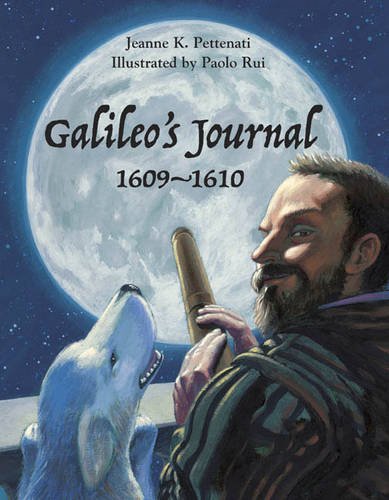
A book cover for Galileo's Journal, 1609 - 1610; Jeanne Pettenati; Children's Books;